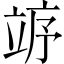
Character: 𱷨